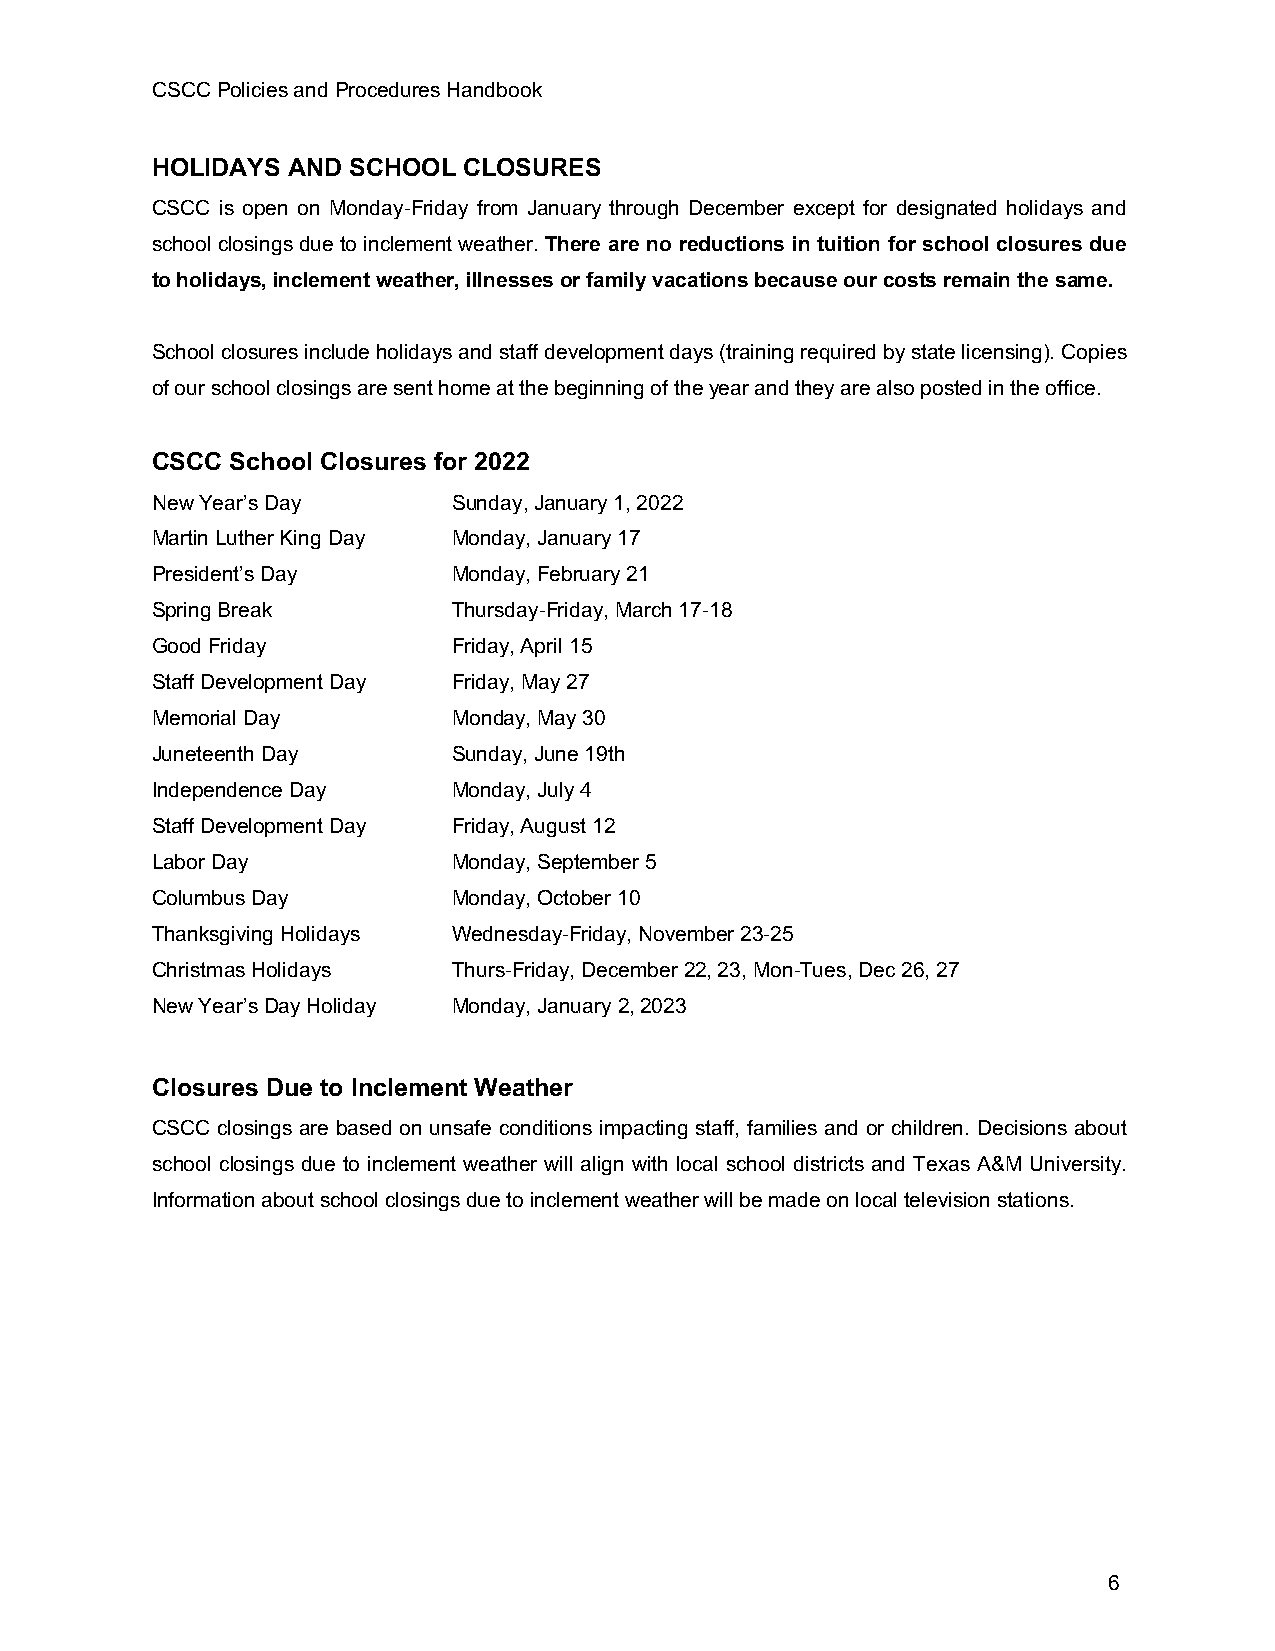
CSCC Policies and Procedures Handbook
 HOLIDAYS AND SCHOOL  CLOSURES
 CSCC is open on Monday-Friday from January through December except for designated holidays and
 school closings due to inclement weather. There are no reductions in tuition for school closures due
 to holidays, inclement weather, illnesses or family vacations because our costs remain the same.
 School closures include holidays and staff development days (training required by state licensing). Copies
 of our school closings are sent home at the beginning of the year and they are also posted in the office.
 CSCC School Closures for 2022
 New Year’s Day      Sunday, January 1, 2022
 Martin Luther King Day Monday, January 17
 President’s Day     Monday, February 21
 Spring Break        Thursday-Friday, March 17-18
 Good Friday         Friday, April 15
 Staff Development Day Friday, May 27
 Memorial Day        Monday, May 30
 Juneteenth Day      Sunday, June 19th
 Independence Day    Monday, July 4
 Staff Development Day Friday, August 12
 Labor Day           Monday, September 5
 Columbus Day        Monday, October 10
 Thanksgiving Holidays Wednesday-Friday, November 23-25
 Christmas Holidays  Thurs-Friday, December 22, 23, Mon-Tues, Dec 26, 27
 New Year’s Day Holiday Monday, January 2, 2023
 Closures Due to Inclement Weather
 CSCC closings are based on unsafe conditions impacting staff, families and or children. Decisions about
 school closings due to inclement weather will align with local school districts and Texas A&M University.
 Information about school closings due to inclement weather will be made on local television stations.
 6